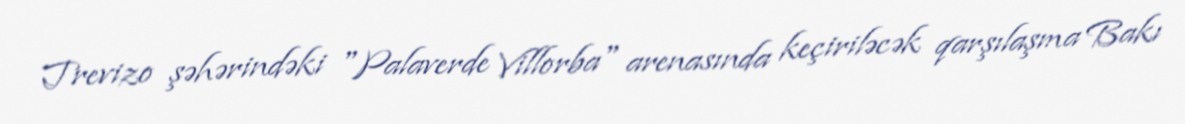
Trevizo şəhərindəki "Palaverde Villorba" arenasında keçiriləcək qarşılaşma Bakı